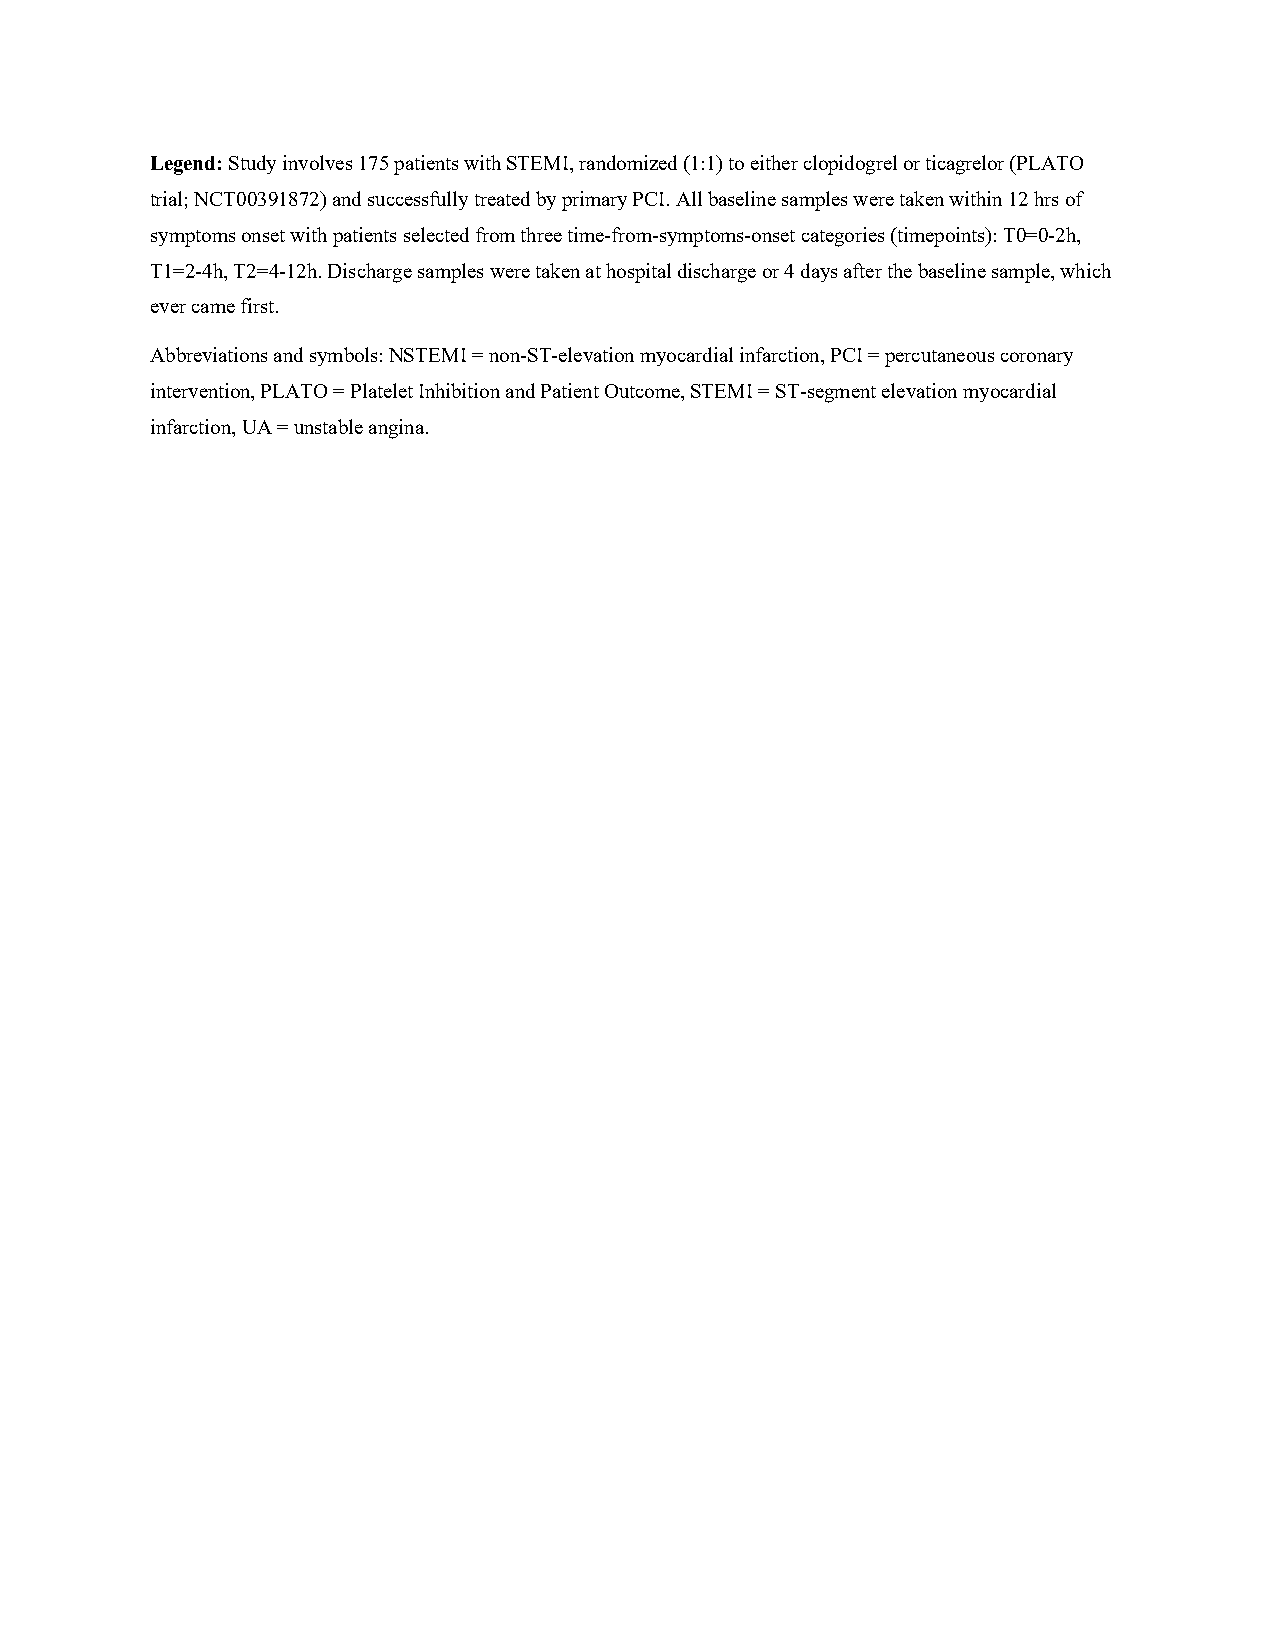
Legend: Study involves 175 patients with STEMI, randomized (1:1) to either clopidogrel or ticagrelor (PLATO
 trial; NCT00391872) and successfully treated by primary PCI. All baseline samples were taken within 12 hrs of
 symptoms onset with patients selected from three time-from-symptoms-onset categories (timepoints): T0=0-2h,
 T1=2-4h, T2=4-12h. Discharge samples were taken at hospital discharge or 4 days after the baseline sample, which
 ever came first.
 Abbreviations and symbols: NSTEMI = non-ST-elevation myocardial infarction, PCI = percutaneous coronary
 intervention, PLATO = Platelet Inhibition and Patient Outcome, STEMI = ST-segment elevation myocardial
 infarction, UA = unstable angina.